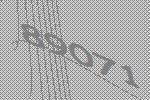
89071